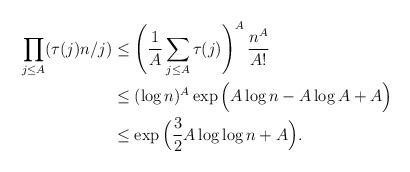
LaTeX: \begin{align*}\prod_{j\le A}(\tau(j)n/j)&\le\left(\frac1A\sum_{j\le A}\tau(j)\right)^A\frac{n^{A}}{A!}\\&\le(\log n)^{A}\exp\Big(A\log n-A\log A+A\Big)\\&\le\exp\Big(\frac32 A\log\log n+A\Big).\end{align*}